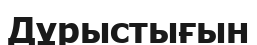
Дұрыстығын